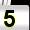
Digit: 5